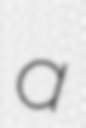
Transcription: a